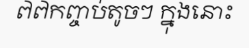
៧៧កញ្ចប់តូចៗ ក្នុងនោះ